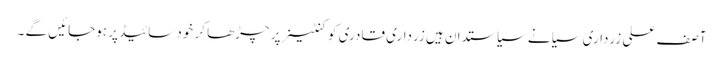
آصف علی زرداری سیانے سیاستدان ہیں زرداری قادری کو کنٹینر پر چڑھا کر خود سائیڈ پر ہوجائیں گے ۔